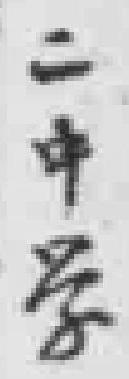
二中学